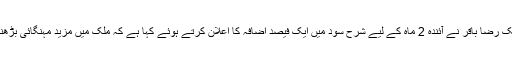
گورنر اسٹیٹ بینک رضا باقر نے آئندہ 2 ماہ کے لیے شرح سود میں ایک فیصد اضافہ کا اعلان کرتے ہوئے کہا ہے کہ ملک میں مزید مہنگائی بڑھنے کا امکان ہے۔